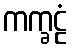
ကက္ခဠံ